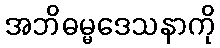
အဘိဓမ္မဒေသနာကို